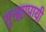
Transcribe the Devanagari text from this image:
गुन्ह्यापायी